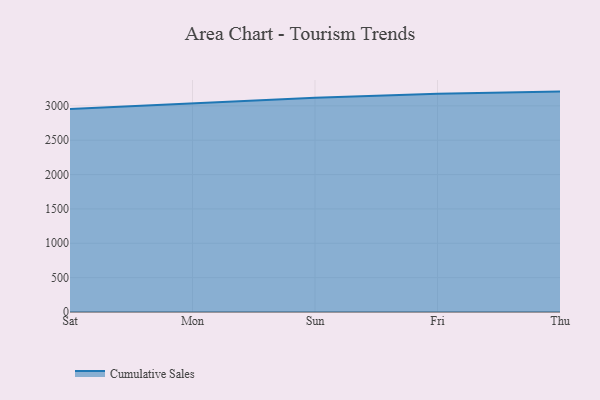
{"axis": {"x": "Day", "y": "Headcount"}, "legend": ["Cumulative Sales"], "data": [{"x": "Sat", "y": 2955.7, "type": "Cumulative Sales"}, {"x": "Mon", "y": 3038.2, "type": "Cumulative Sales"}, {"x": "Sun", "y": 3119.2, "type": "Cumulative Sales"}, {"x": "Fri", "y": 3174.2, "type": "Cumulative Sales"}, {"x": "Thu", "y": 3207.1, "type": "Cumulative Sales"}]}